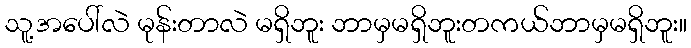
သူ့အပေါ်လဲ မုန်းတာလဲ မရှိဘူး ဘာမှမရှိဘူးတကယ်ဘာမှမရှိဘူး။